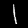
Digit: 1